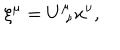
LaTeX: \xi ^ { \mu } = U _ { \, \, \nu } ^ { \mu } x ^ { \nu } ,